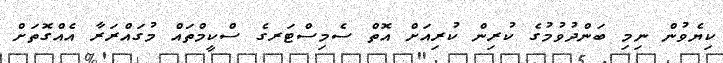
ކިޔެވުން ނިމި ބަންދުވުމުގެ ކުރިން ކުރިއަށް އޮތް ސެމިސްޓަރގެ ސްކީމްތައް މުގައްރަރާ އެއްގޮތަށް